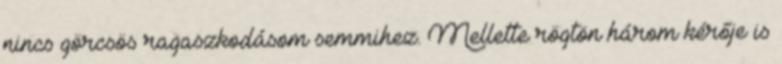
nincs görcsös ragaszkodásom semmihez. Mellette rögtön három kérője is